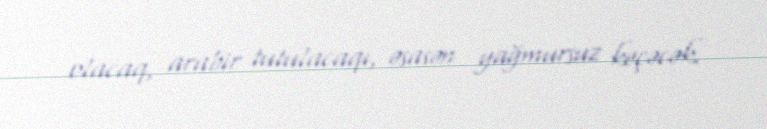
olacaq, arabir tutulacaqı, əsasən yağmursuz keçəcək.